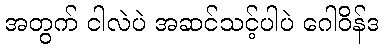
အတွက် ငါလဲပဲ အဆင်သင့်ပါပဲ ဂေါဝိန်ဒ